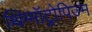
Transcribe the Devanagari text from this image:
थिग्मॉट्रोपिज्म